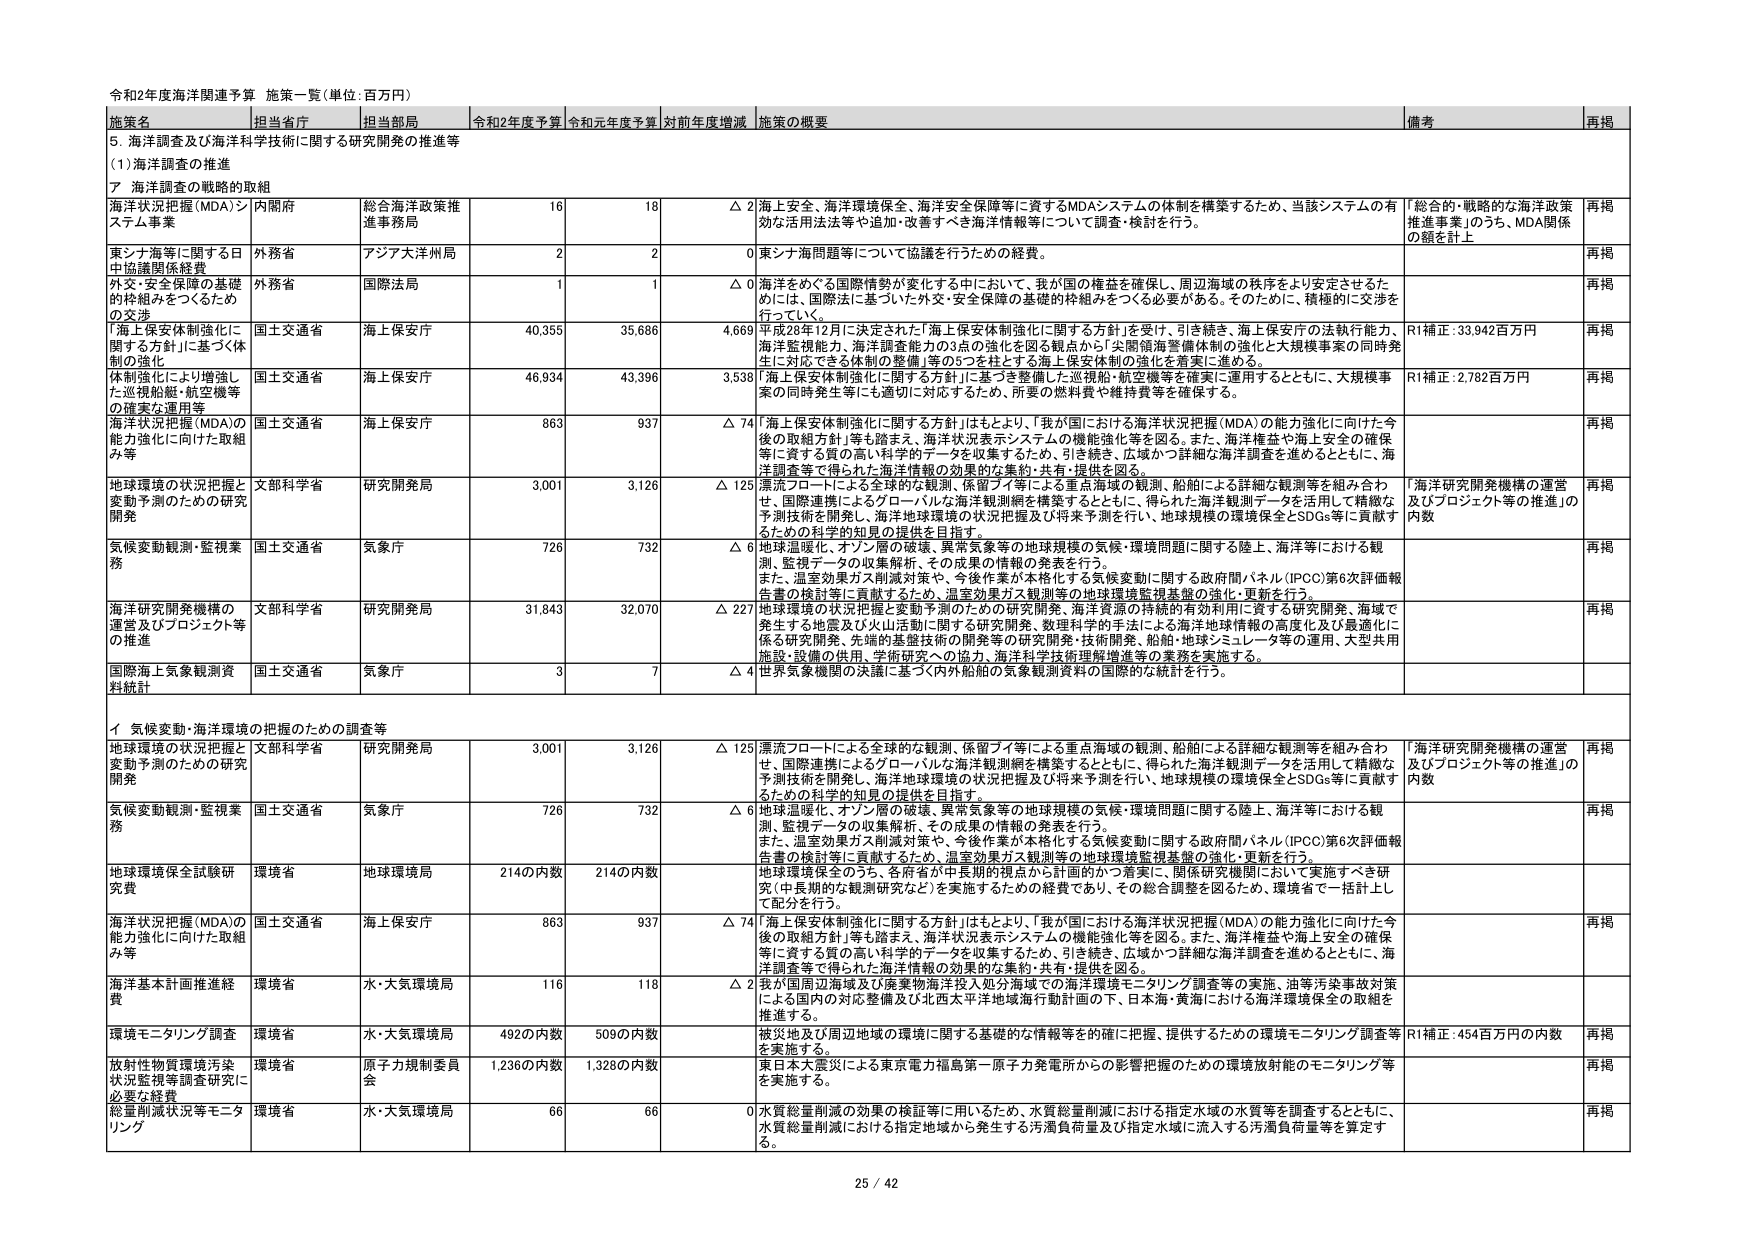
令和2年度海洋関連予算 施策一覧（単位：百万円）

施策名 担当省庁 担当部局 令和2年度予算 令和元年度予算 対前年度増減 施策の概要 備考 再掲

5. 海洋調査及び海洋科学技術に関する研究開発の推進等
（1）海洋調査の推進
7 海洋調査の戦略的取組

海洋状況把握（MDA）システム事業 内閣府 総合海洋政策推進事務局 16 18 △ 2 海上安全、海洋環境保全、海洋安全保障等に資するMDAシステムの体制を構築するため、当該システムの有効な活用方法等を追加・改善すべき海洋情報等について調査・検討を行う。 「総合的・戦略的な海洋政策推進事業」のうち、MDA関係の額を計上 再掲

東シナ海等に関する日中協議関係経費 外務省 アジア大洋州局 2 2 0 東シナ海問題等について協議を行うための経費。 再掲

外交・安全保障の基礎的枠組みをつくるための交渉 外務省 国際法局 1 1 △ 0 海洋をめぐる国際情勢が変化する中において、我が国の権益を確保し、周辺海域の秩序をより安定させるためには、国際法に基づいた外交・安全保障の基礎的枠組みをつくる必要がある。そのために、積極的に交渉を行っている。 再掲

「海上保安体制強化に関する方針」に基づく体制の強化 国土交通省 海上保安庁 40,355 35,686 4,669 平成28年12月に決定された「海上保安体制強化に関する方針」を受け、引き続き、海上保安庁の法執行能力、海洋監視能力、海洋調査能力の3点の強化を図る観点から「尖閣領海警備体制の強化と大規模事案の同時発生に対応できる体制の整備」等の5つを柱とする海上保安体制の強化を着実に進める。 R1補正：33,942百万円 再掲

体制強化により増強した巡視船艇・航空機等の確実な運用等 国土交通省 海上保安庁 46,934 43,396 3,538 「海上保安体制強化に関する方針」に基づき整備した巡視船・航空機等を確実に運用するとともに、大規模事案の同時発生等にも適切に対応するため、所要の燃料費や維持費等を確保する。 R1補正：2,782百万円 再掲

海洋状況把握（MDA）の能力強化に向けた取組み等 国土交通省 海上保安庁 863 937 △ 74 「海上保安体制強化に関する方針」はもとより、「我が国における海洋状況把握（MDA）の能力強化に向けた今後の取組方針」等も踏まえ、海洋状況表示システムの機能強化等を図る。また、海洋権益や海上安全の確保等に資する質の高い科学的データを収集するために、引き続き、広域かつ詳細な海洋調査を進めるとともに、海洋調査等で得られた海洋情報の効果的な集約・共有・提供を図る。 再掲

地球環境の状況把握と変動予測のための研究開発 文部科学省 研究開発局 3,001 3,126 △ 125 漂流フロートによる全球的な観測、保留ブイ等による重点海域の観測、船舶による詳細な観測等を組み合わせ、国際連携によるグローバルな海洋観測網を構築するとともに、得られた海洋観測データを活用して精緻な予測技術を開発し、海洋地球環境の状況把握及び将来予測を行い、地球規模の環境保全とSDGs等に貢献するための科学的知見の提供を目指す。 「海洋研究開発機構の運営及びプロジェクト等の推進」の内数 再掲

気候変動観測・監視業務 国土交通省 気象庁 726 732 △ 6 地球温暖化、オゾン層の破壊、異常気象等の地球規模の気候・環境問題に関する陸上、海洋等における観測、監視データの収集解析、その成果の情報の発表を行う。 また、温室効果ガス削減対策や、今後作業が本格化する気候変動に関する政府間パネル（IPCC）第6次評価報告書の検討等に貢献するため、温室効果ガス観測等の地球環境監視基盤の強化・更新を行う。 再掲

海洋研究開発機構の運営及びプロジェクト等の推進 文部科学省 研究開発局 31,843 32,070 △ 227 地球環境の状況把握と変動予測のための研究開発、海洋資源の持続的有効利用に資する研究開発、海域で発生する地震及び火山活動に関する研究開発、数理科学的手法による海洋地球情報の高度化及び最適化に係る研究開発、先端的基礎技術の開発等の研究開発・技術開発、船舶・地球シミュレータ等の運用、大型共用施設・設備の供用、学術研究への協力、海洋科学技術理解増進等の業務を実施する。 再掲

国際海上気象観測資料統計 国土交通省 気象庁 3 7 △ 4 世界気象機関の決議に基づく内外船舶の気象観測資料の国際的な統計を行う。

イ 気候変動・海洋環境の把握のための調査等

地球環境の状況把握と変動予測のための研究開発 文部科学省 研究開発局 3,001 3,126 △ 125 漂流フロートによる全球的な観測、保留ブイ等による重点海域の観測、船舶による詳細な観測等を組み合わせ、国際連携によるグローバルな海洋観測網を構築するとともに、得られた海洋観測データを活用して精緻な予測技術を開発し、海洋地球環境の状況把握及び将来予測を行い、地球規模の環境保全とSDGs等に貢献するための科学的知見の提供を目指す。 「海洋研究開発機構の運営及びプロジェクト等の推進」の内数 再掲

気候変動観測・監視業務 国土交通省 気象庁 726 732 △ 6 地球温暖化、オゾン層の破壊、異常気象等の地球規模の気候・環境問題に関する陸上、海洋等における観測、監視データの収集解析、その成果の情報の発表を行う。 また、温室効果ガス削減対策や、今後作業が本格化する気候変動に関する政府間パネル（IPCC）第6次評価報告書の検討等に貢献するため、温室効果ガス観測等の地球環境監視基盤の強化・更新を行う。 再掲

地球環境保全試験研究費 環境省 地球環境局 2140の内数 2140の内数 地球環境保全のうち、各府省が中長期的視点から計画的かつ着実に、関係研究機関において実施すべき研究（中長期的な観測研究など）を実施するための経費であり、その総合調整を図るため、環境省で一括計上し、配分を行う。

海洋状況把握（MDA）の能力強化に向けた取組み等 国土交通省 海上保安庁 863 937 △ 74 「海上保安体制強化に関する方針」はもとより、「我が国における海洋状況把握（MDA）の能力強化に向けた今後の取組方針」等も踏まえ、海洋状況表示システムの機能強化等を図る。また、海洋権益や海上安全の確保等に資する質の高い科学的データを収集するために、引き続き、広域かつ詳細な海洋調査を進めるとともに、海洋調査等で得られた海洋情報の効果的な集約・共有・提供を図る。 再掲

海洋基本計画推進経費 環境省 水・大気環境局 116 118 △ 2 我が国周辺海域及び広域海洋洋投入処分海域での海洋環境モニタリング調査等の実施、油等汚染事故対策による国内の対応整備及び北西太平洋地域海行動計画の下、日本海・黄海における海洋環境保全の取組を推進する。

環境モニタリング調査 環境省 水・大気環境局 492の内数 509の内数 被災地及び周辺地域の環境に関する基礎的な情報等を的確に把握、提供するための環境モニタリング調査等を実施する。 R1補正：454百万円の内数 再掲

放射性物質環境汚染状況監視等調査研究に必要な経費 環境省 原子力規制委員会 1,236の内数 1,328の内数 東日本大震災による東京電力福島第一原子力発電所からの影響把握のための環境放射能のモニタリング等を実施する。 再掲

総量削減状況等モニタリング 環境省 水・大気環境局 66 66 0 水質総量削減の効果の検証等に用いるため、水質総量削減における指定水域の水質等を調査するとともに、水質総量削減における指定地域から発生する汚濁負荷量及び指定水域に流入する汚濁負荷量等を算定する。 再掲

25 / 42